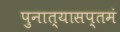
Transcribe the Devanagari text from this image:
पुनात्यासप्तमं